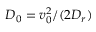
D _ { 0 } = v _ { 0 } ^ { 2 } / ( 2 D _ { r } )